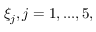
\xi _ { j } , j = 1 , . . . , 5 ,